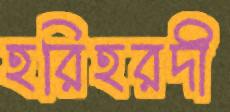
হরিহরদী